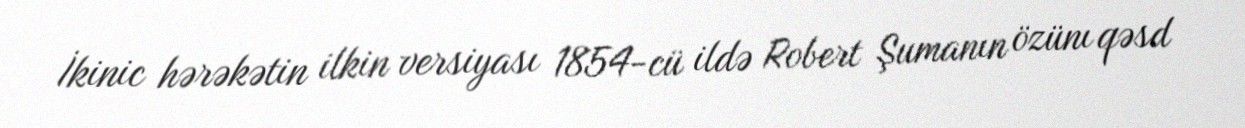
İkinic hərəkətin ilkin versiyası 1854-cü ildə Robert Şumanın özünı qəsd